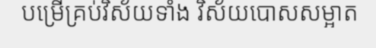
បម្រើគ្រប់វិស័យទាំង វិស័យបោសសម្អាត